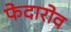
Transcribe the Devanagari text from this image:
फेदारोव